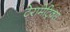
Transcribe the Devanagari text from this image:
टेरामेट्रिक्स